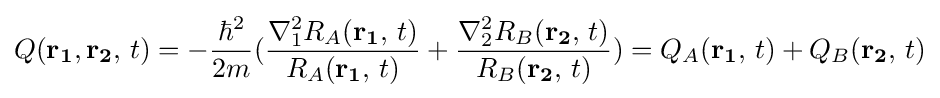
Q(\mathbf {r_{1}} ,\mathbf {r_{2}} ,\,t)=-{\frac {\hbar ^{2}}{2m}}({\frac {\nabla _{1}^{2}R_{A}(\mathbf {r_{1}} ,\,t)}{R_{A}(\mathbf {r_{1}} ,\,t)}}+{\frac {\nabla _{2}^{2}R_{B}(\mathbf {r_{2}} ,\,t)}{R_{B}(\mathbf {r_{2}} ,\,t)}})=Q_{A}(\mathbf {r_{1}} ,\,t)+Q_{B}(\mathbf {r_{2}} ,\,t)